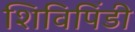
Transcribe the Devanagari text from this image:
शिविपिंडी